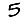
Digit: 5